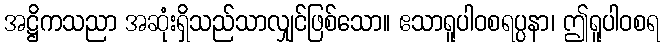
အဋ္ဌိကသညာ အဆုံးရှိသည်သာလျှင်ဖြစ်သော။ ဧသာရူပါဝစရပ္ပနာ၊ ဤရူပါဝစရ